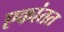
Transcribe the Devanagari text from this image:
एकांतत